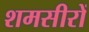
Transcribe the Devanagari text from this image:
शमसीरों